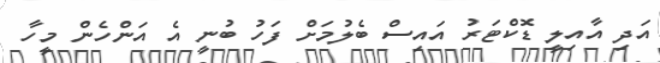
އަދި އާއިލީ ޑޮކްޓަރު އައިސް ބެލުމަށް ފަހު ބުނީ އެ އަންހެން މީހާ